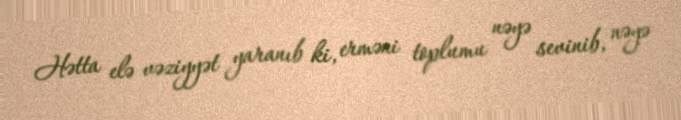
Hətta elə vəziyyət yaranıb ki, erməni toplumu nəyə sevinib, nəyə